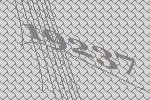
19237